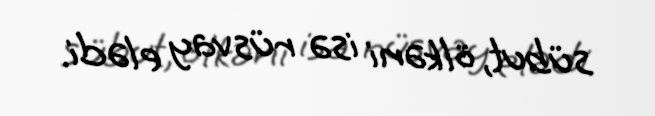
sübut, ölkəni isə rüsvay elədi.